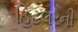
હિટલરની